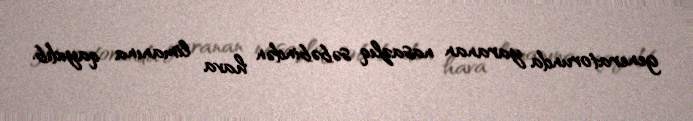
generatorunda yaranan nasazlıq səbəbindən hava limanına qayıdıb.